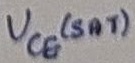
Text: VCE(SAT)